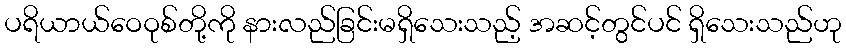
ပရိယာယ်ဝေဝုစ်တို့ကို နားလည်ခြင်းမရှိသေးသည့် အဆင့်တွင်ပင် ရှိသေးသည်ဟု